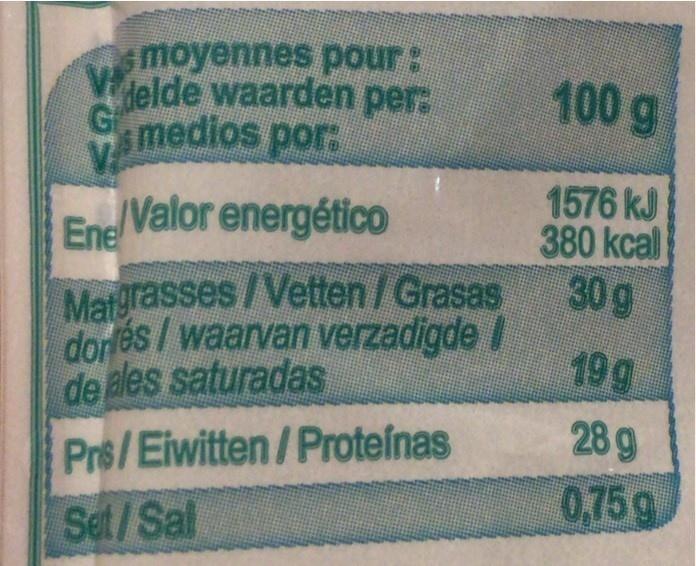
moyennes pour: Velde waarden per:
100 g
G
medios por:
1576 kJ 380 kcal 30 g
Ene Valor energético
Matgrasses/Vetten/Grasas dor és/waarvan verzadigde / de ales saturadas
19g
Prs/Eiwitten/Proteínas
28 g
Set/Sal
0,75 g